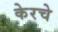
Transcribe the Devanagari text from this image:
केरचे